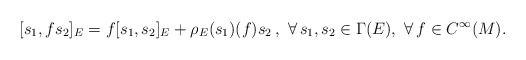
LaTeX: \begin{align*}[s_1,fs_2]_E=f[s_1,s_2]_E+\rho_E(s_1)(f)s_2\,,\,\,\forall\,s_1,s_2\in\Gamma(E),\,\,\forall\,f\in C^\infty(M).\end{align*}